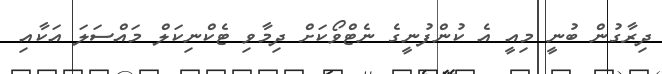
ދިރާގުން ބުނީ މިއީ އެ ކުންފުނީގެ ނެޓްވޯކަށް ދިމާވި ޓެކްނިކަލް މައްސަލަ އަކާއި